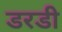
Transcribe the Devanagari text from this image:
डरडी